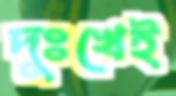
দুঃখেই